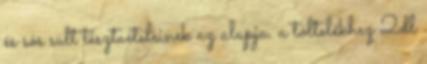
és sós sült tésztaételeinek az alapja. a töltelékhez 2dl